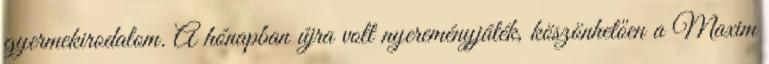
gyermekirodalom. A hónapban újra volt nyereményjáték, köszönhetően a Maxim